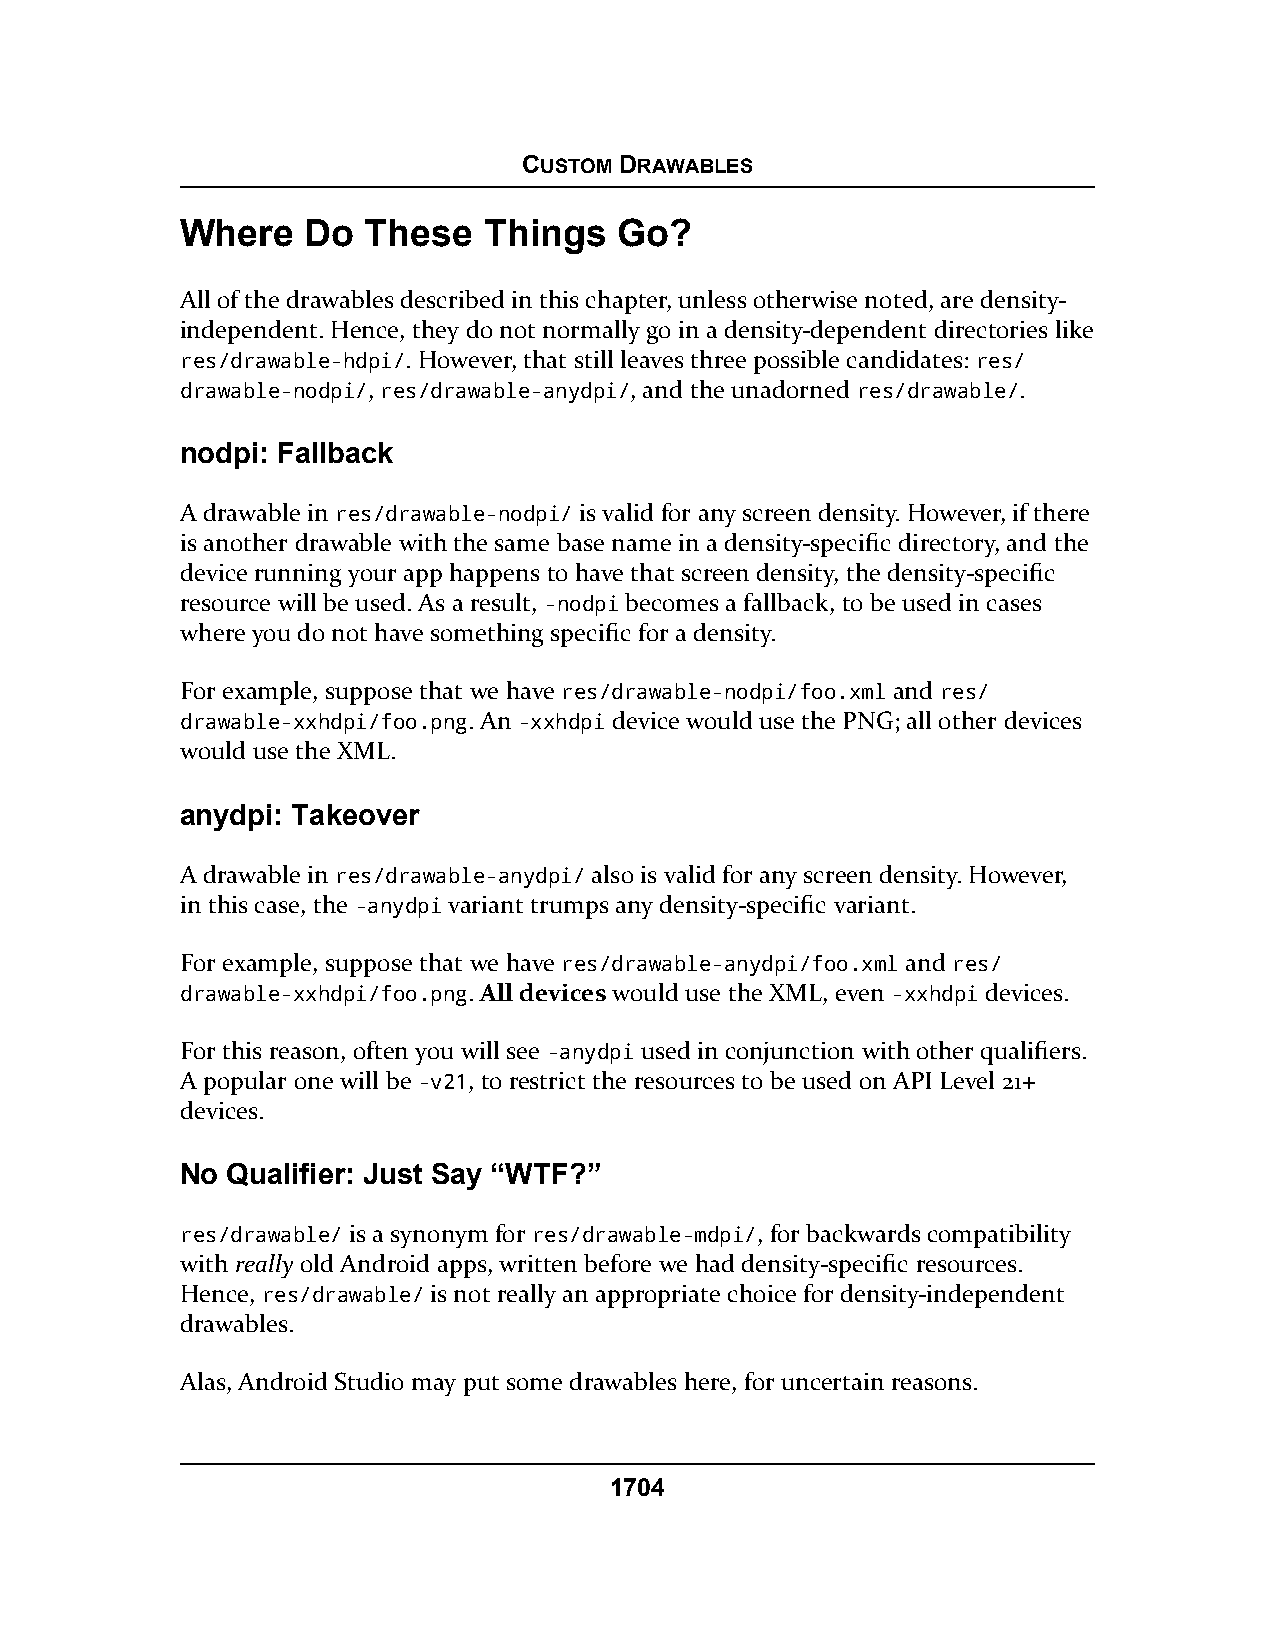
CUSTOM DRAWABLES
 Where   Do  These   Things   Go?
 All of the drawables described in this chapter, unless otherwise noted, are density-
 independent. Hence, they do not normally go in a density-dependent directories like
 res/drawable-hdpi/. However, that still leaves three possible candidates: res/
 drawable-nodpi/, res/drawable-anydpi/, and the unadorned res/drawable/.
 nodpi: Fallback
 A drawable in res/drawable-nodpi/ is valid for any screen density. However, if there
 is another drawable with the same base name in a density-specific directory, and the
 device running your app happens to have that screen density, the density-specific
 resource will be used. As a result, -nodpi becomes a fallback, to be used in cases
 where you do not have something specific for a density.
 For example, suppose that we have res/drawable-nodpi/foo.xml and res/
 drawable-xxhdpi/foo.png. An -xxhdpi device would use the PNG; all other devices
 would use the XML.
 anydpi: Takeover
 A drawable in res/drawable-anydpi/ also is valid for any screen density. However,
 in this case, the -anydpi variant trumps any density-specific variant.
 For example, suppose that we have res/drawable-anydpi/foo.xml and res/
 drawable-xxhdpi/foo.png. All devices would use the XML, even -xxhdpi devices.
 For this reason, often you will see -anydpi used in conjunction with other qualifiers.
 A popular one will be -v21, to restrict the resources to be used on API Level 21+
 devices.
 No Qualifier: Just Say “WTF?”
 res/drawable/ is a synonym for res/drawable-mdpi/, for backwards compatibility
 with really old Android apps, written before we had density-specific resources.
 Hence, res/drawable/ is not really an appropriate choice for density-independent
 drawables.
 Alas, Android Studio may put some drawables here, for uncertain reasons.
 1704